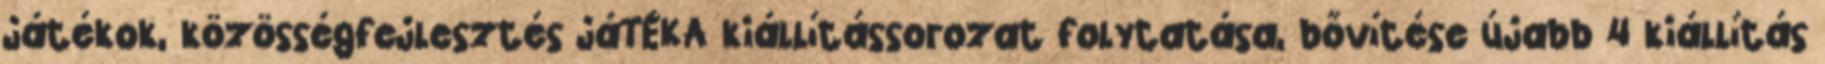
játékok, közösségfejlesztés jáTÉKA kiállítássorozat folytatása, bővítése újabb 4 kiállítás